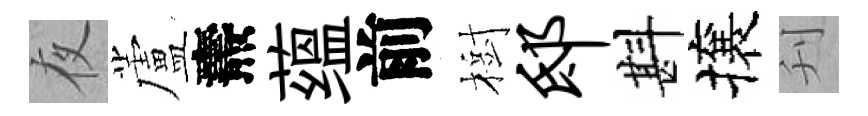
夜蘆燾蕴前樹邸斟攘刋